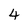
Character: 4